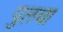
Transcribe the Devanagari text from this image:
पुलचा